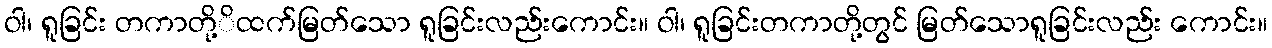
ဝါ၊ ရူခြင်း တကာတို့ိထက်မြတ်သော ရူခြင်းလည်းကောင်း။ ဝါ၊ ရူခြင်းတကာတို့တွင် မြတ်သောရူခြင်းလည်း ကောင်း။